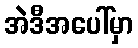
အဲဒီအပေါ်မှာ